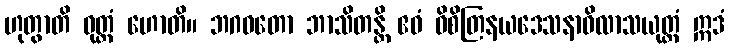
ဟုတွာတိ ဝုတ္တံ ဟောတိ။ ဘဂဝတော ဘာသိတန္တိ ဧဝံ ဝိစိတြနယဒေသနာဝိလာသယုတ္တံ ဣဒံ